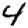
Digit: 4